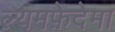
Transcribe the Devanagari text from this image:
ल्यमफ़ेदेमा